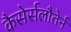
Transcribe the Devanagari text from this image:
कैसेर्सलौतेर्न